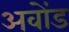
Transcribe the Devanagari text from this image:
अवोंड